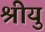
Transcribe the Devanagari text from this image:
श्रीयु